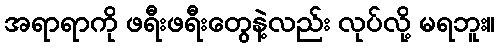
အရာရာကို ဖရီးဖရီးတွေနဲ့လည်း လုပ်လို့ မရဘူး။